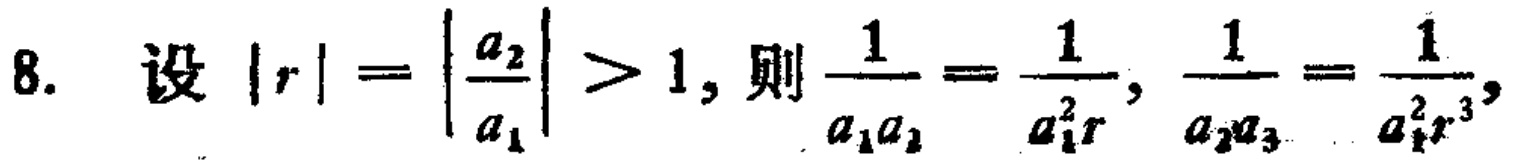
8. 设$|r|=\left|\frac{a_{2}}{a_{1}}\right|>1$，则$\frac{1}{a_{1}a_{2}}=\frac{1}{a_{1}^{2}r}$，$\frac{1}{a_{2}a_{3}}=\frac{1}{a_{1}^{2}r^{3}}$